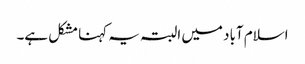
اسلام آباد میں البتہ یہ کہنا مشکل ہے۔